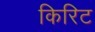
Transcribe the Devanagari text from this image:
किरिट